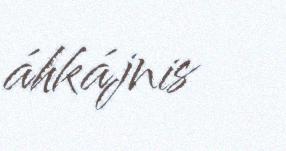
áhkájnis